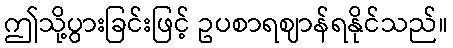
ဤသို့ပွားခြင်းဖြင့် ဥပစာရဈာန်ရနိုင်သည်။